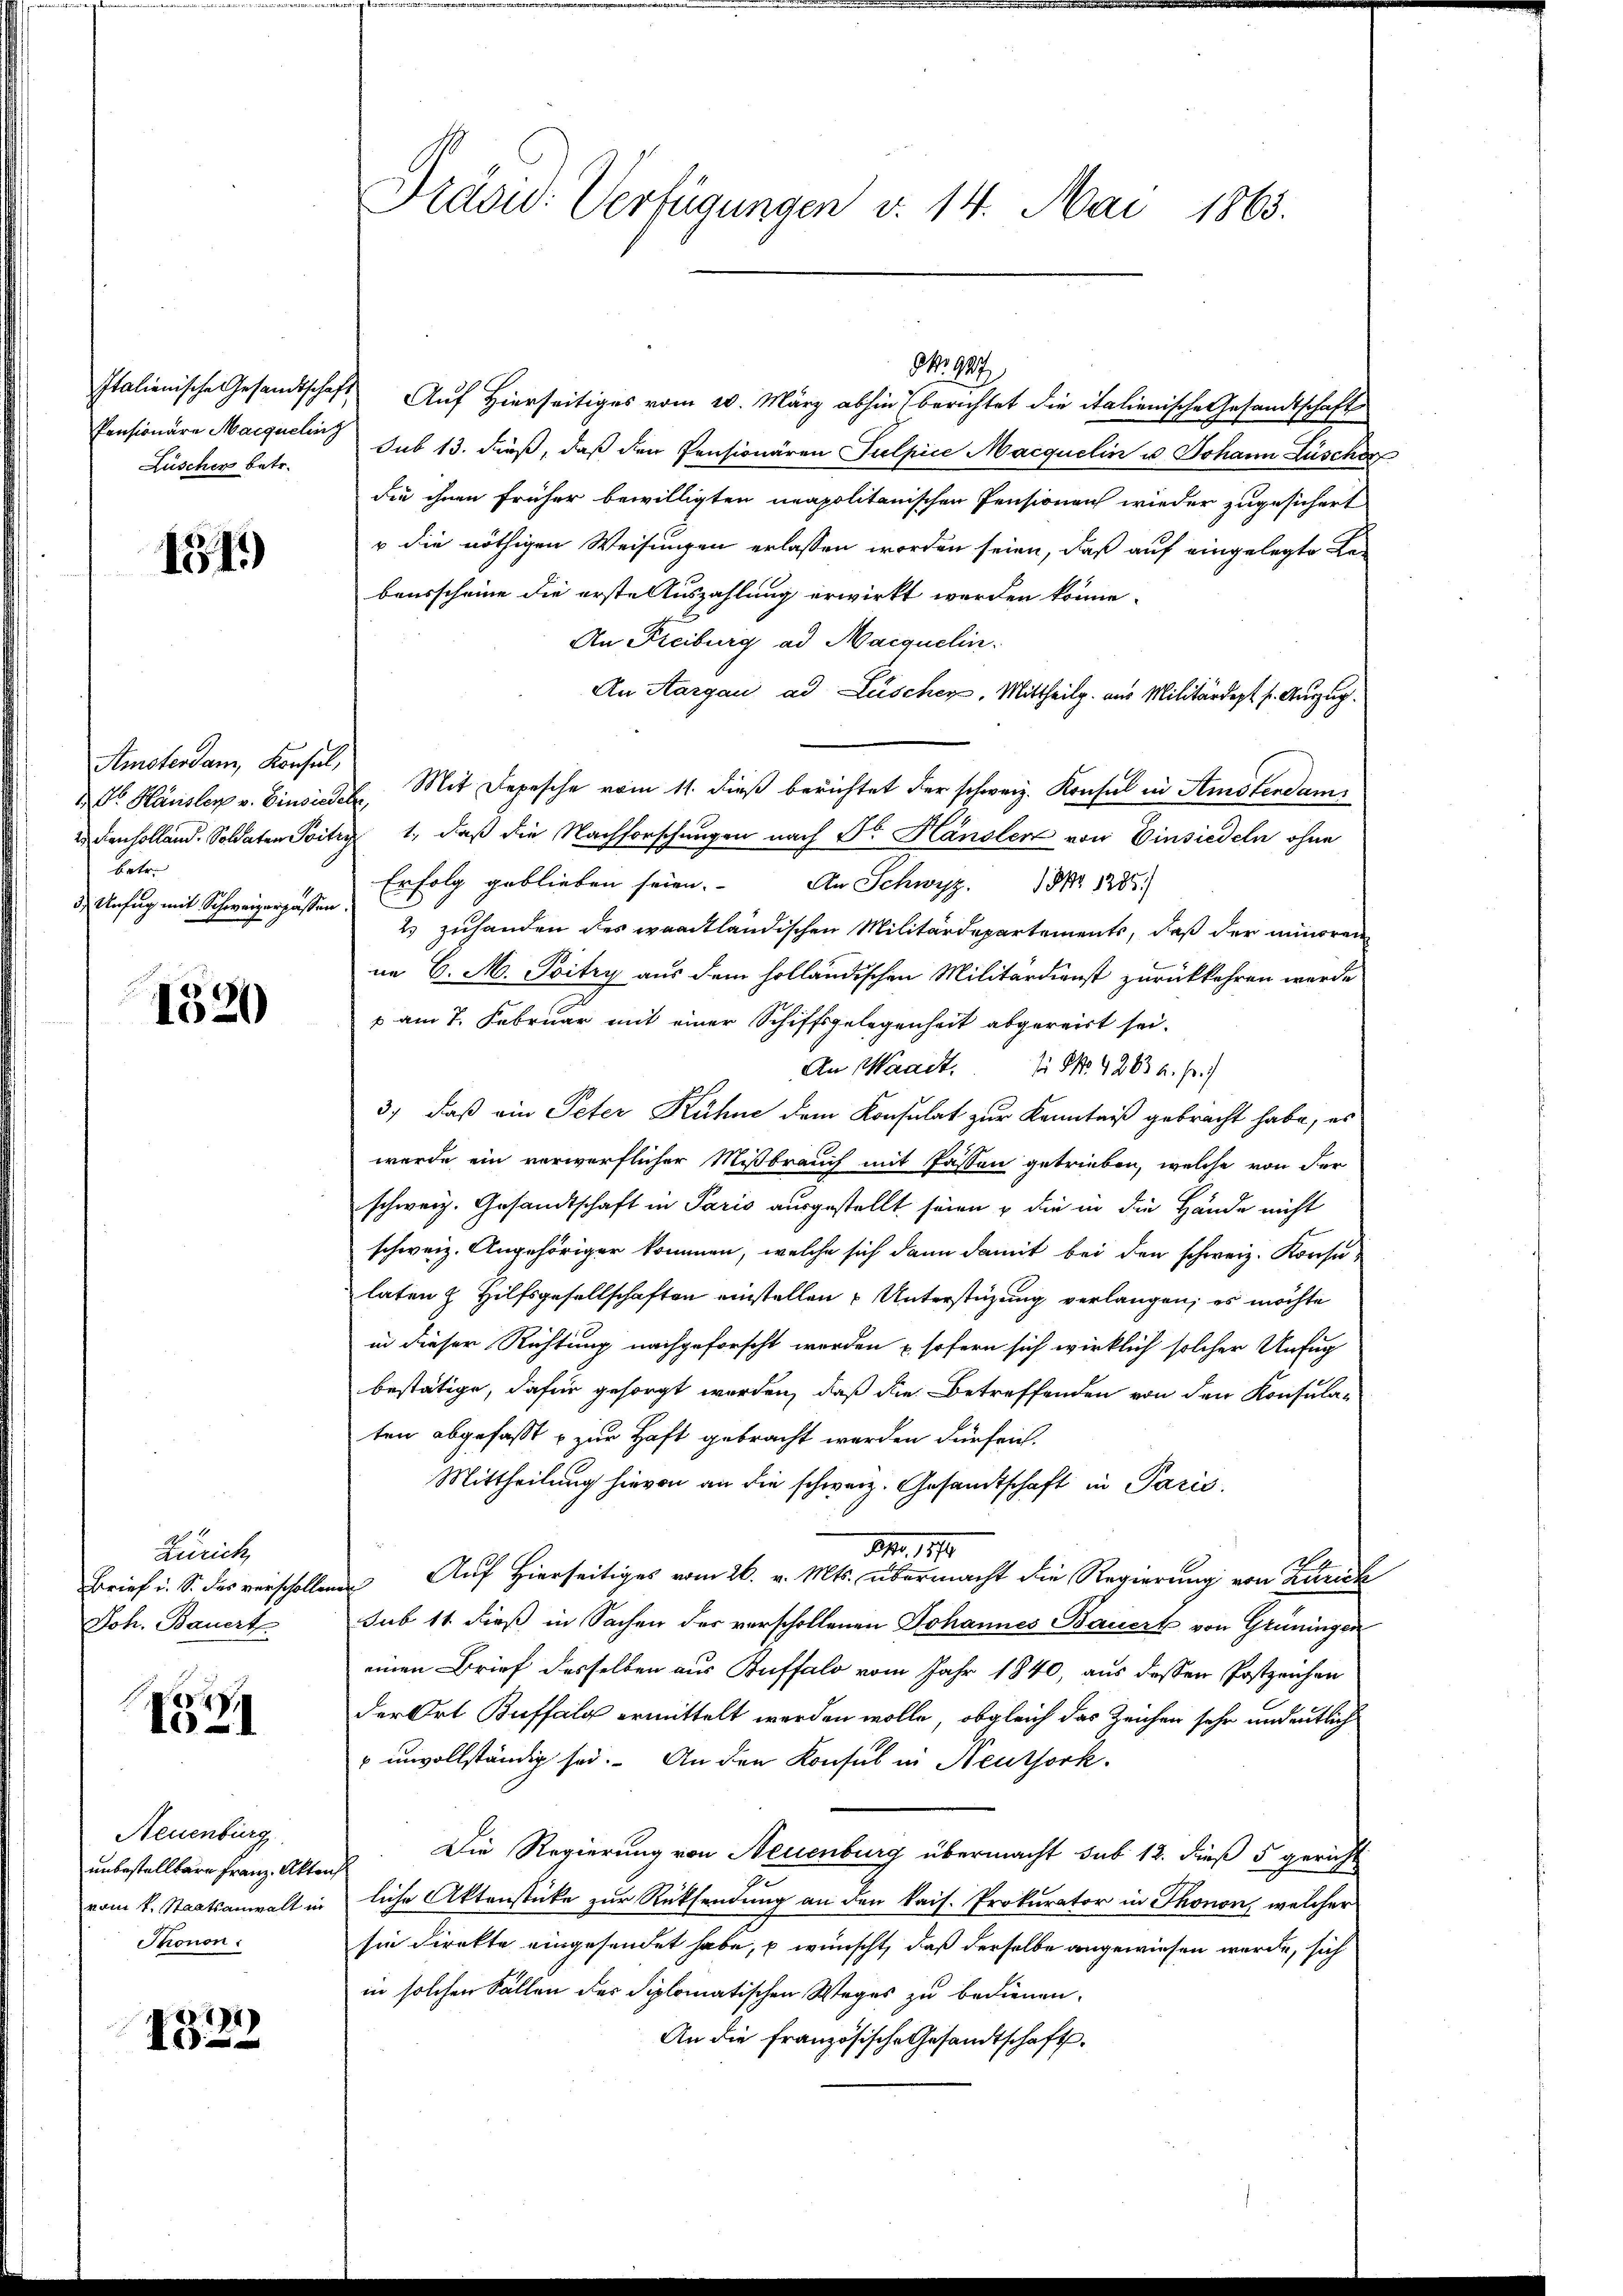
Lüscher betr.

151)

Amsterdam, Konsul,
betr.
d Unfug mit Schweizerpassen

1320

Zürich
Brief i. S. das verschollen
Joh. Bauert

A
1021

Neuenburg
unbestellbare Franz. Akten
vom 1. Staatsanwalt in
Thonon.

1323

Präsid. Verfügungen v. 14. Mai 1863.

Italienische Gesandtschaft Auf Hierseitiges vom 20. März abhin berichtet die italienische Gesandtschaft
Pensionäre Marquelin sub 13. dieß, daß den Pensionären Sulpice Macquelin u. Johann Lüscher
die ihnen früher bewilligten neapolitanischen Pensionen wieder zugesichert
v die nöthigen Weisungen erlassen worden seien, daß auf eingelegte Rebensscheine die erste Auszahlung erwirkt worden könne.
An Freiburg ad Macquelin.
An Aargau, ad Lüschen. Mittheilg. aus Militärdept s. Auszug.
Vr Häusler v. Einsiedel, Mit Depesche vom 11. dieß berichtet der schweiz. Konsul in Amstendam
edenholland. Soldaten Poitez 1., daß die Nachforschungen nach Sr. Hänsler von Einsiedeln ohne
Erfolg geblieben seien. An Schwyz, § 1285.
2 zuhanden des waadtländischen Militärdepartements, daß der minoren
ne 6. M. Poitzy aus dem holländischen Militärdienst zurückkehren werde
u am 7. Februar mit einer Schiffsgelegenheit abgereist sei.
An Waadt. No. 4263 u. fr.)
3., daß ein Peter Kühne dem Konsulat zur Kenntniß gebracht habe, es
wurde ein verwerflicher Mißbrauch mit Passen getrieben, welche von der
schweiz. Gesandtschaft in Paris ausgestellt seien u die in die Hände nicht
schweiz. Angehöriger kommen, welche sich dann damit bei den schweiz. Konsu-
laten & Hilfsgesellschaften einstellen Unterstüzung verlangen, es möchte
in dieser Richtung nachgeforscht werden & sofern sich wirklich solcher Unfug
bestätige, dafür gesorgt werden, daß die Betreffenden von den Konsula-
ten abgefasst u zur Haft gebracht werden dürfen.
Mittheilung hievon an die schweiz. Gesandtschaft in Paris,
M. 1879
n Auf Hierseitiges vom 26. v. Mts. übermacht die Regierung von Zürich
sub 11 dieß in Sachen des verschollenen Johannes Bauert von Grüningen
einen Brief desselben aus Buffalo vom Jahr 1840, aus dessen Postzeichen
der Ort Buffalg ermittelt werden wolle, obgleich das Zeichen sehr andeutlich
 unvollständig sei. An den Konsul in Neuthork
Die Regierung von Neuenburg übermacht sub 12. dieß 5 gericht
e
liche Aktenstücke zur Rücksendung an den kais. Prokurator in Thonon, welcher
sie direkte eingesendet habe, p wünscht, daß derselbe angewiesen werde, sich
in solchen Fällen der diplomatischen Weges zu bedienen.
An die französische Gesandtschaft.

M. 947.